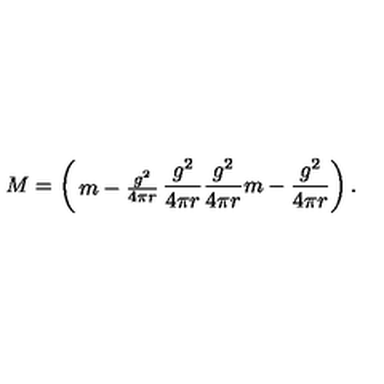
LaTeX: M = \left( \begin{matrix} { m - { \frac { g ^ { 2 } } { 4 \pi r } } } & { { \frac { g ^ { 2 } } { 4 \pi r } } } \\ { { \frac { g ^ { 2 } } { 4 \pi r } } } & { m - { \frac { g ^ { 2 } } { 4 \pi r } } } \\ \end{matrix} \right) .